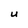
Character: U